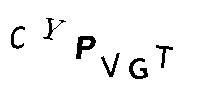
CYPVGT